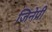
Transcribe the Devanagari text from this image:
जिनेप्री